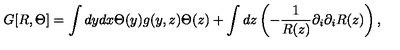
G [ R , \Theta ] = \int d y d x \Theta ( y ) g ( y , z ) \Theta ( z ) + \int d z \left( - { \frac { 1 } { R ( z ) } } \partial _ { i } \partial _ { i } R ( z ) \right) ,